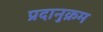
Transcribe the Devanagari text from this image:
प्रदानुक्रम